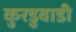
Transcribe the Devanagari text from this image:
कुरडुवाडी